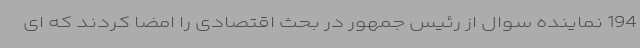
194 نماینده سوال از رئیس جمهور در بحث اقتصادی را امضا کردند که ای